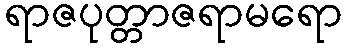
ရာဇပုတ္တာဇရာမရော